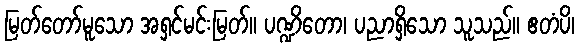
မြတ်တော်မူသော အရှင်မင်းမြတ်။ ပဏ္ဍိတော၊ ပညာရှိသော သူသည်။ ဧတံပိ၊